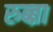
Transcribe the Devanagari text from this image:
रुब्ब्रा